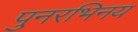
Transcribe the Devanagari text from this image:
पुनरभिनय